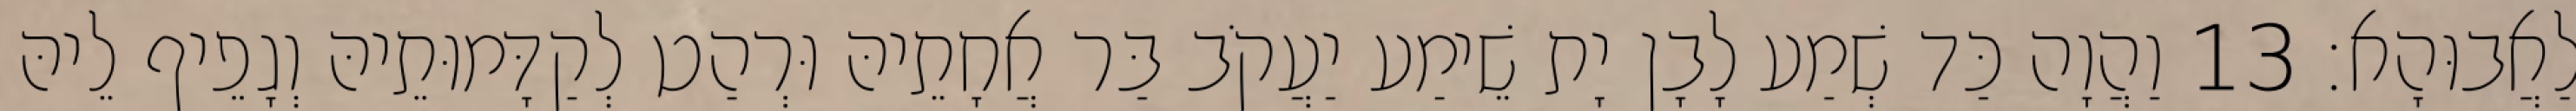
לַאֲבוּהָא׃ 13 וַהֲוָה כַּד שְׁמַע לָבָן יָת שֵׁימַע יַעֲקֹב בַּר אֲחָתֵיהּ וּרְהַט לְקַדָּמוּתֵיהּ וְגָפֵיף לֵיהּ